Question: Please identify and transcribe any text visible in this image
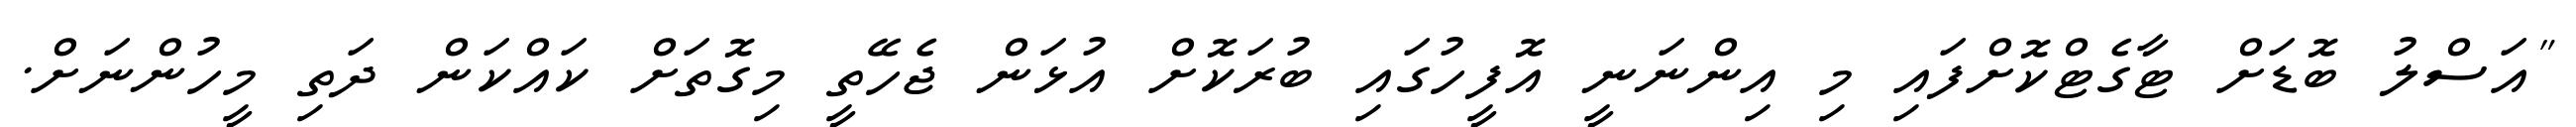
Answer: "އަސްލު ބޮޑަށް ޓާގެޓްކޮށްފައި މި އިންނަނީ އޮފީހުގައި ބުރަކޮށް އުޅަން ޖެހޭތީ މިގޮތަށް ކައްކަން ދަތި މީހުންނަށް.